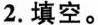
2.填空。